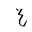
Letter: _gayn